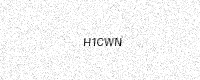
Text: H1CWN